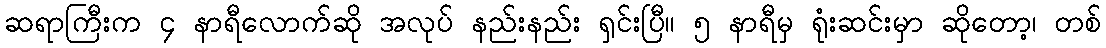
ဆရာကြီးက ၄ နာရီလောက်ဆို အလုပ် နည်းနည်း ရှင်းပြီ။ ၅ နာရီမှ ရုံးဆင်းမှာ ဆိုတော့၊ တစ်